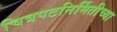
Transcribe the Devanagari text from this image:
चित्रपटनिर्मितीच्या